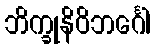
ဘိက္ခုနိဝိဘင်္ဂေါ